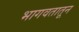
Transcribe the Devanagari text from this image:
भागवतातून